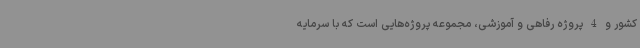
کشور و 4 پروژه رفاهی و آموزشی، مجموعه پروژه‌هایی است که با سرمایه